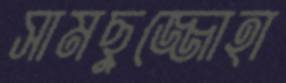
সামছুজ্জোহা